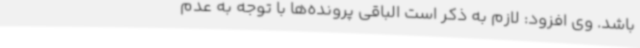
‌باشد. وی افزود: لازم به ذکر است الباقی پرونده‌ها با توجه به عدم